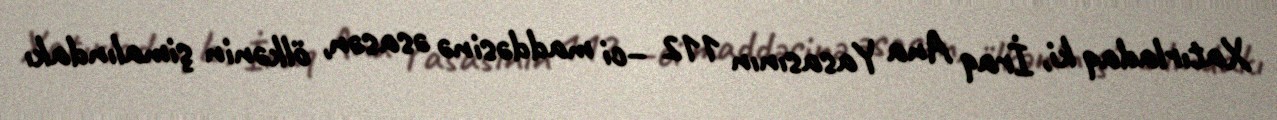
Xatırladaq ki, İraq Ana Yasasının 112 –ci maddəsinə əsasən, ölkənin şimalındakı